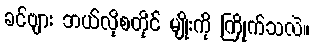
ခင်ဗျား ဘယ်လိုစတိုင် မျိုးကို ကြိုက်သလဲ။